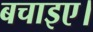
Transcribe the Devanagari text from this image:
बचाइए।